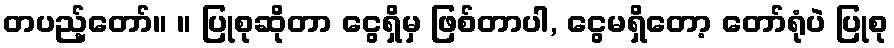
တပည့်တော်။ ။ ပြုစုဆိုတာ ငွေရှိမှ ဖြစ်တာပါ, ငွေမရှိတော့ တော်ရုံပဲ ပြုစု